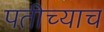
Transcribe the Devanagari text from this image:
पतीच्याच